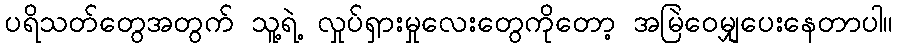
ပရိသတ်တွေအတွက် သူ့ရဲ့ လှုပ်ရှားမှုလေးတွေကိုတော့ အမြဲဝေမျှပေးနေတာပါ။